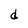
Character: d